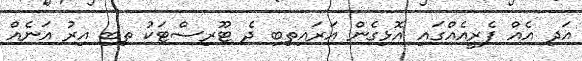
އަދި އެއް ފެރީއެއްގައި އޮޅިގެން އަރައިތިބި ދެ ޓޫރިސްޓަކު ތިބި އިރު އަނެއް